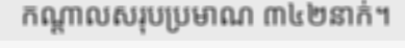
កណ្តាលសរុបប្រមាណ ៣៤២នាក់។